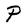
Character: P